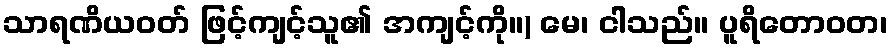
သာရဏိယဝတ် ဖြင့်ကျင့်သူ၏ အကျင့်ကို။) မေ၊ ငါသည်။ ပူရိတောဝတ၊